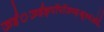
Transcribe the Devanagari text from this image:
ऊईं़ऊईङ्पॉपॉऊञ्ङ़़्क्षू७डंऑई॰